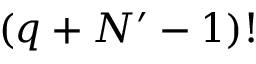
\left( q + N ^ { \prime } - 1 \right) !